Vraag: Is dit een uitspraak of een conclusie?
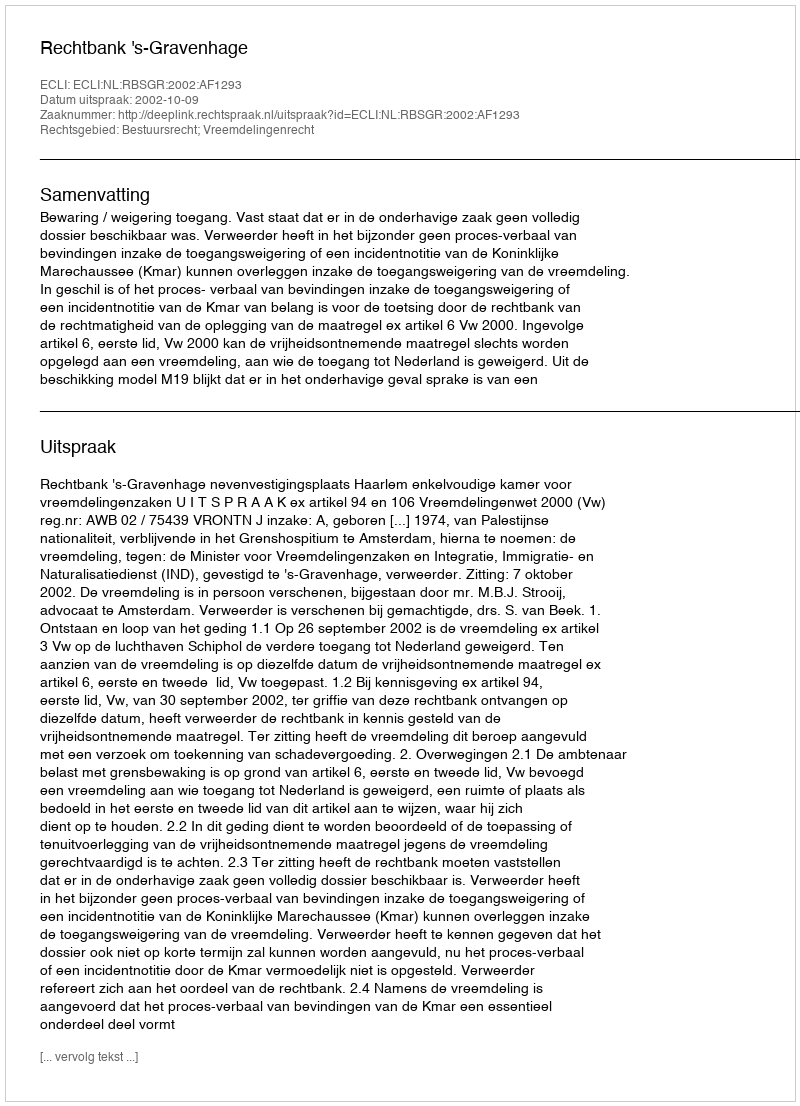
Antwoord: Uitspraak